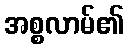
အစ္စလာမ်၏